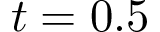
t = 0 . 5